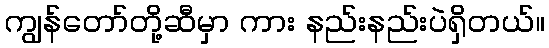
ကျွန်တော်တို့ဆီမှာ ကား နည်းနည်းပဲရှိတယ်။